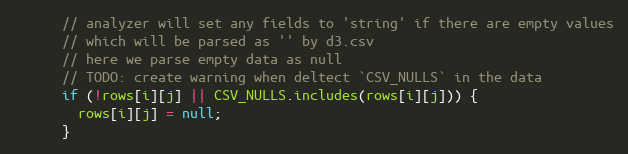
Language: JavaScript
      // analyzer will set any fields to 'string' if there are empty values
      // which will be parsed as '' by d3.csv
      // here we parse empty data as null
      // TODO: create warning when deltect `CSV_NULLS` in the data
      if (!rows[i][j] || CSV_NULLS.includes(rows[i][j])) {
        rows[i][j] = null;
      }